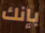
بإنك